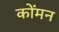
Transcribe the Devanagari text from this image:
कोंमन